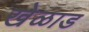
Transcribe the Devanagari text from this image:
खेळाड